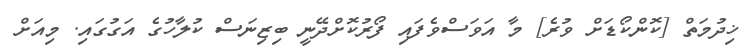
ޚިދުމަތް [ކޮންކޯޑަށް ވުރެ] މާ އަވަސްވެފައި ފޯރުކޮށްދޭނީ ބިޒިނަސް ކުލާހުގެ އަގުގައި. މިއަށް